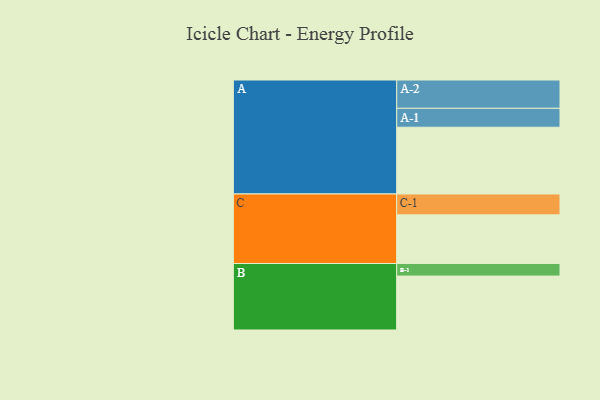
{"axis": {"x": "Segment", "y": "Value"}, "legend": ["", "A", "B", "C"], "data": [{"x": "A", "y": 578, "type": ""}, {"x": "B", "y": 467, "type": ""}, {"x": "C", "y": 421, "type": ""}, {"x": "A-1", "y": 164, "type": "A"}, {"x": "A-2", "y": 245, "type": "A"}, {"x": "B-1", "y": 109, "type": "B"}, {"x": "C-1", "y": 181, "type": "C"}]}